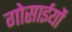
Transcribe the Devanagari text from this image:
गोसाईयों